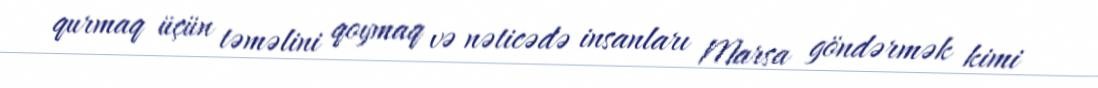
qurmaq üçün təməlini qoymaq və nəticədə insanları Marsa göndərmək kimi